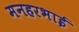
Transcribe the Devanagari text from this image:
मनहरभाई